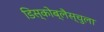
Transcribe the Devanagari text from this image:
डिस्कोब्लैस्चुला